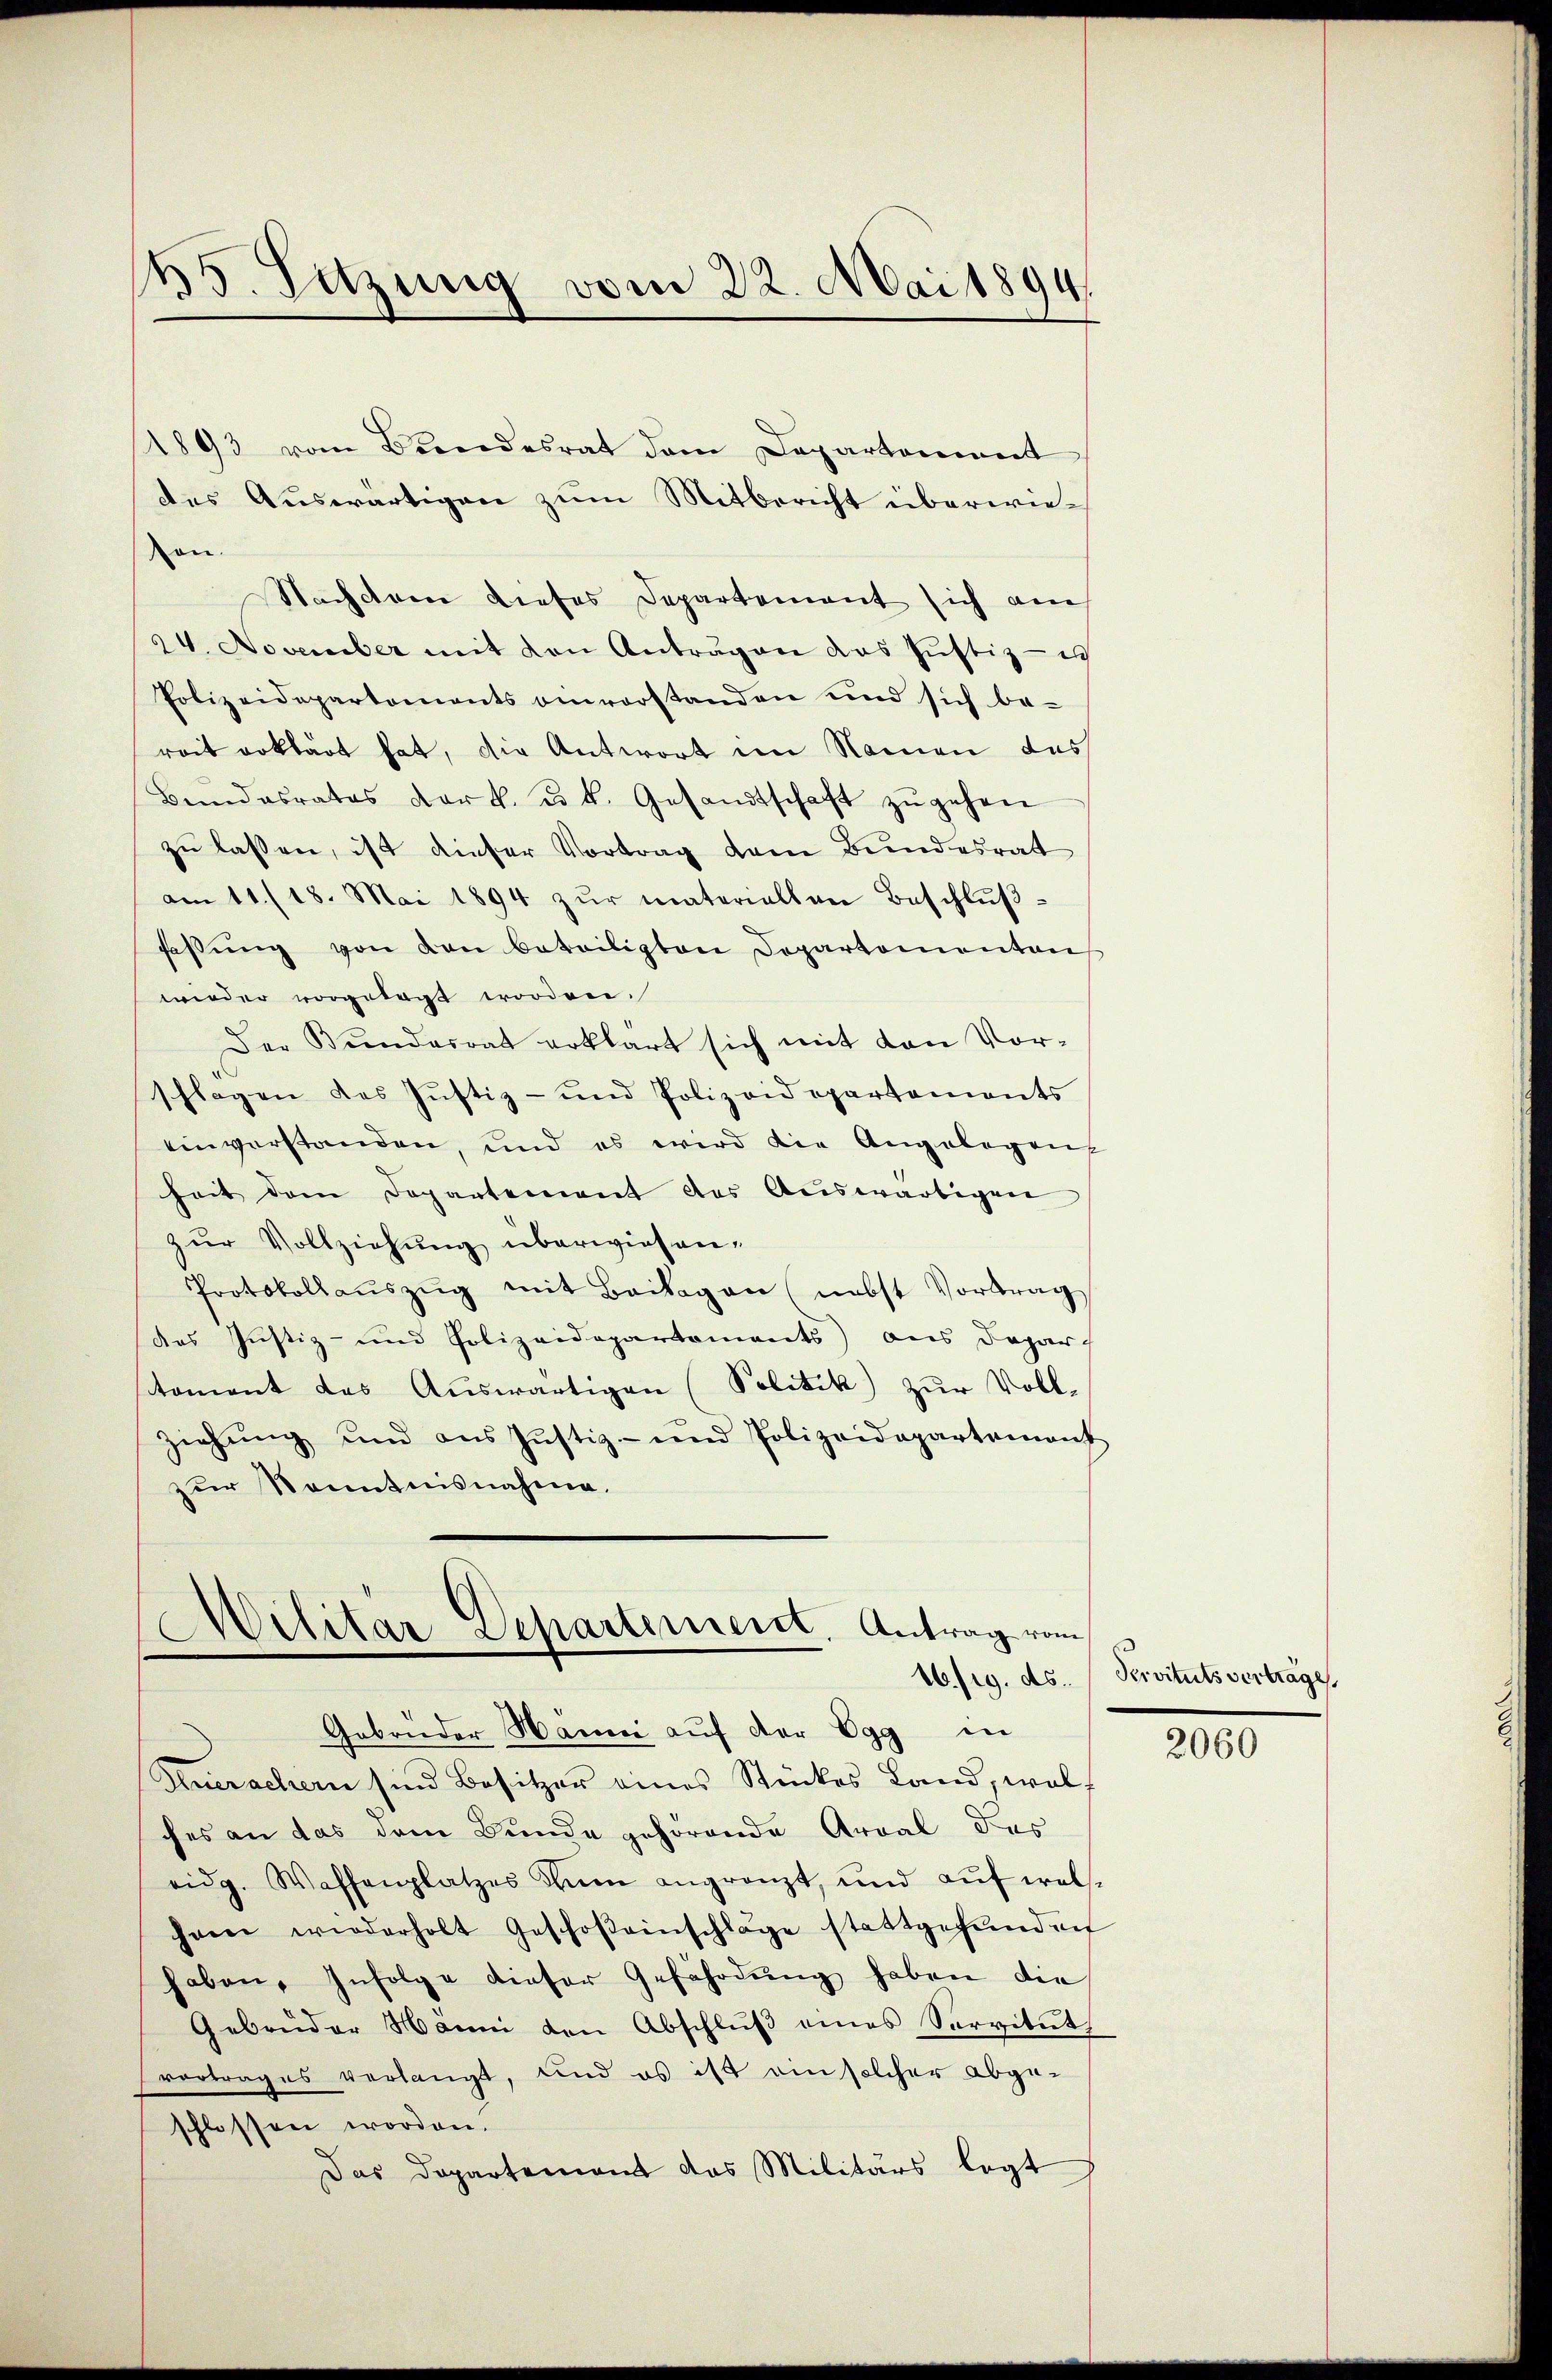
25. Sitzung vom 22. Mai 1894.

1893 vom Bundesrat dem Departement
des Auswärtigen zum Mitbericht überwieon.
Nachdem dieses Departement sich am
24. November mit den Anträgen das Justiz - ich
Polizeidepartements einvorstanden und sich be-
reit erklärt hat, die Antwort im Namen das
Bendasrates der k. u. k. Gesandtschaft zŭgehen
zu lassen, ist dieser Vortrag dem Bundesrat
am 11./18. Mai 1894 zŭr materiellen Beschlŭβ-
faβŭng von den beteiligten Departementen
wieder vorgelegt worden.
Der Bundesrat erklärt sich mit den Vor-
schlagen des Justiz- und Polizeidepartements
einverstanden, und es wird die Angelegeng
heit dem Departement des Auswärtigen
zur Vollziehung überwiesen,
Protokollaŭszŭg mit Beilagen (nebst Vortrag
des Justiz- und Polizeidepartements) aus Depar
stoment das Aŭswärtigen (Politik zur Voll-
Ziehŭng und ans Jŭstiz- und Polizeidepartement
zur Kenntnisnahme.

Militar Departement. Antrag vom
16./19. ds.
Gebrüder Hanni auf der Egg in

Huerachern sind Besitzer eines Stückes Land, wel
ches an das dem Bunde gehörende Areal des
eidg. Waffenplatzes dem angränzt, und aŭf wels
haren wiederholt Geschoβeinschlage stattgefŭnden
haben, Infolge dieser Gefährdŭng haben die
Gebrüder Manni den Abschlŭβ eines Servitŭt
vortrages verlangt, und es ist ein solcher abgeschlossen worden.
Das Departement das Militärs legt

Krvituts vertrage

2060